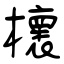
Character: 櫰